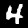
Label: 4